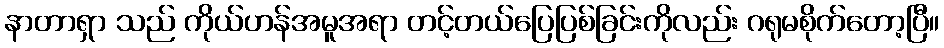
နာတာရှာ သည် ကိုယ်ဟန်အမူအရာ တင့်တယ်ပြေပြစ်ခြင်းကိုလည်း ဂရုမစိုက်တော့ပြီ။